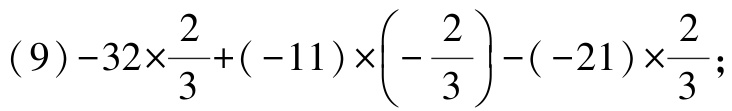
\((9)-32\times\frac{2}{3}+(-11)\times\left(-\frac{2}{3}\right)-(-21)\times\frac{2}{3};\)